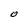
Character: O